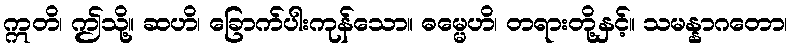
ဣတိ၊ ဤသို့။ ဆဟိ၊ ခြောက်ပါးကုန်သော။ ဓမ္မေဟိ၊ တရားတို့နှင့်။ သမန္နာဂတော၊